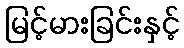
မြင့်မားခြင်းနှင့်